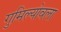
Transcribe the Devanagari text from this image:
गुमिल्योवला